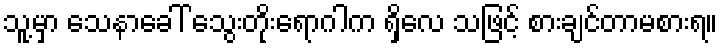
သူ့မှာ သေနာခေါ် သွေးတိုးရောဂါက ရှိလေ သဖြင့် စားချင်တာမစားရ။